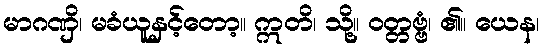
မာဂဏှိ၊ မခံယူနှင့်တော့။ ဣတိ၊ သို့။ ဝတ္တဗ္ဗံ၊ ၏။ ယေန၊